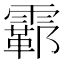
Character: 𫕮